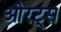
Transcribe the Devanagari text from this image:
ओरट्स